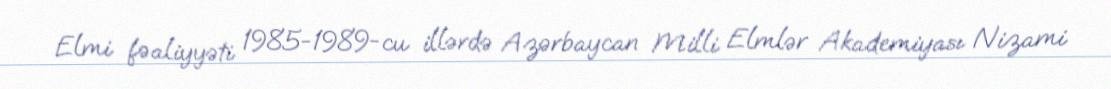
Elmi fəaliyyəti 1985-1989-cu illərdə Azərbaycan Milli Elmlər Akademiyası Nizami